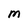
Character: M